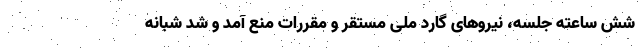
شش ساعته جلسه، نیرو‌های گارد ملی مستقر و مقررات منع آمد و شد شبانه